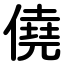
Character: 僥